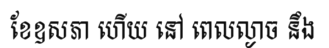
ខែឧសភា ហើយ នៅ ពេលល្ងាច នឹង